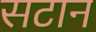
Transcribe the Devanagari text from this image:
सटान